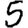
Digit: 5